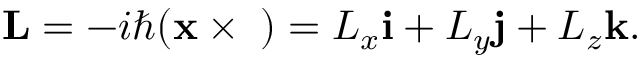
\mathbf { L } = - i \hbar ( \mathbf { x } \times \mathbf { \nabla } ) = L _ { x } \mathbf { i } + L _ { y } \mathbf { j } + L _ { z } \mathbf { k } .